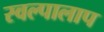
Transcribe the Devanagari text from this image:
स्वल्पालाप